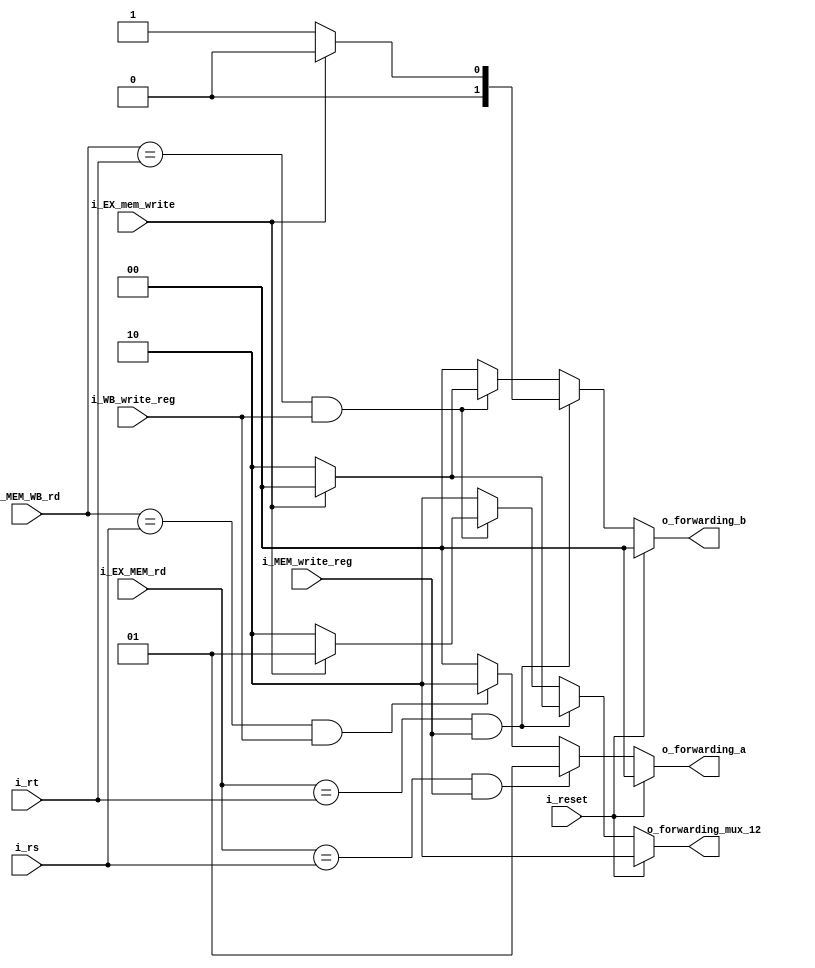
`timescale 1ns / 1ps

module forwarding_unit #(
        parameter NB_REG    = 5,
        parameter NB_MUX    = 2
    )    
    (   
        input                      i_reset,
        input       [NB_REG-1 : 0] i_EX_MEM_rd,
        input       [NB_REG-1 : 0] i_MEM_WB_rd,
        input       [NB_REG-1 : 0] i_rt, // data_b
        input       [NB_REG-1 : 0] i_rs, // data_a
        input                      i_EX_mem_write,  // Hay: SW,SH,SB
        input                      i_MEM_write_reg,
        input                      i_WB_write_reg,
        output reg  [NB_MUX-1:0]   o_forwarding_a,
        output reg  [NB_MUX-1:0]   o_forwarding_b,
        output reg  [NB_MUX-1:0]   o_forwarding_mux_12
    );
    always@(*) begin
        if(i_reset) begin
            o_forwarding_a = 2'b0;
            o_forwarding_b = 2'b0;
            o_forwarding_mux_12 = 2'b10; // Dato normal
        end
        else begin
            if((i_MEM_write_reg == 0) && (i_WB_write_reg==0)) begin
                o_forwarding_a = 2'b0;
                o_forwarding_b = 2'b0;
                o_forwarding_mux_12 = 2'b10; // Dato normal
            end
            // Operando A
            if((i_EX_MEM_rd == i_rs) && i_MEM_write_reg) begin
                o_forwarding_a      = 2'b01; // El dato viene de MEM
                o_forwarding_mux_12 = 2'b10; // Dato normal
            end
            else if ((i_MEM_WB_rd == i_rs) && i_WB_write_reg) begin
                o_forwarding_a      = 2'b10; // El dato viene de WB
                o_forwarding_mux_12 = 2'b10; // Dato normal
            end
            else begin
                o_forwarding_a      = 2'b0;  // No hay forwarding para A
                o_forwarding_mux_12 = 2'b10; // Dato normal
            end
            
            // Operando B
            if((i_EX_MEM_rd == i_rt) && i_MEM_write_reg) begin
                if(i_EX_mem_write) begin         // Hay Store
                    o_forwarding_b = 2'b00;      // No forwardeo
                    o_forwarding_mux_12 = 2'b00; // forwardea reg de EX_MEM para store
                end
                else begin
                    o_forwarding_b      = 2'b01; // El dato viene de MEM
                    o_forwarding_mux_12 = 2'b10; // Dato normal
                end
            end
            else if ((i_MEM_WB_rd == i_rt) && i_WB_write_reg) begin
                if(i_EX_mem_write) begin    // Hay store
                    o_forwarding_b = 2'b00; // No forwardeo
                    o_forwarding_mux_12 = 2'b01;
                end
                else begin
                    o_forwarding_b = 2'b10;      // El dato viene de WB
                    o_forwarding_mux_12 = 2'b10; // Dato normal
                end
            end
            else begin
                o_forwarding_b = 2'b0;  // No hay forwarding para B
                o_forwarding_mux_12 = 2'b10; // Dato normal
            end
        end
    end
    
endmodule